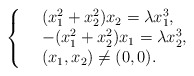
\begin{align*}\left\{\begin{array}{rl}&(x_1^2+x_2^2)x_2=\lambda x_1^3,\\&-(x_1^2+x_2^2)x_1=\lambda x_2^3,\\& (x_1, x_2) \ne (0, 0).\end{array}\right.\end{align*}